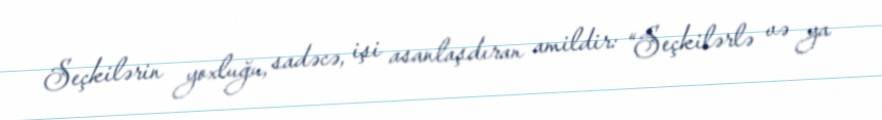
Seçkilərin yoxluğu, sadəcə, işi asanlaşdıran amildir: “Seçkilərlə və ya